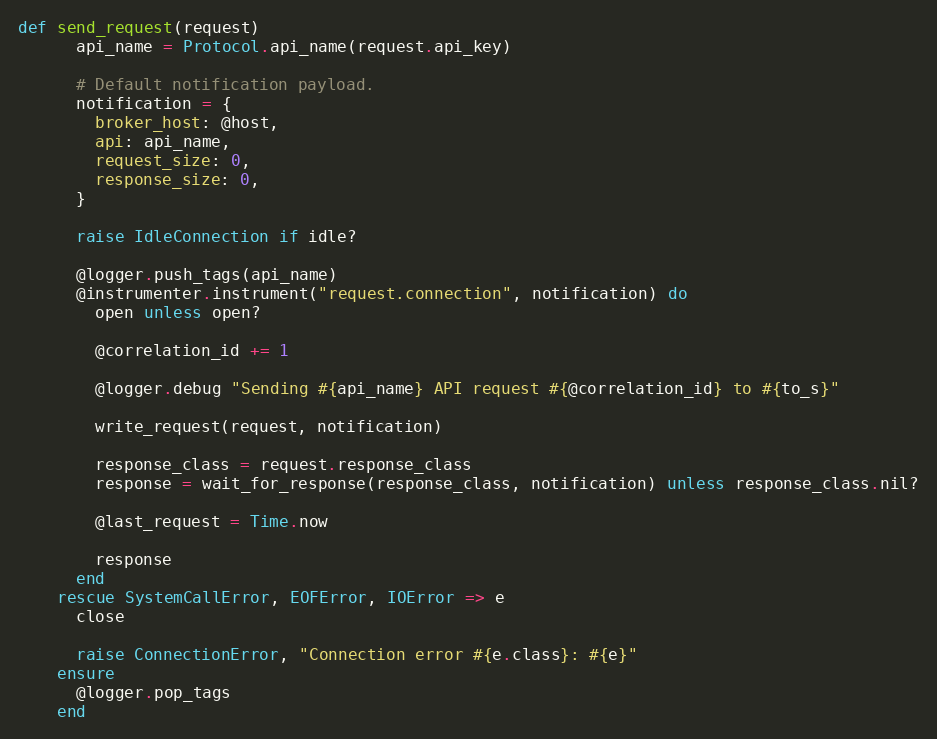
Language: Ruby
def send_request(request)
      api_name = Protocol.api_name(request.api_key)

      # Default notification payload.
      notification = {
        broker_host: @host,
        api: api_name,
        request_size: 0,
        response_size: 0,
      }

      raise IdleConnection if idle?

      @logger.push_tags(api_name)
      @instrumenter.instrument("request.connection", notification) do
        open unless open?

        @correlation_id += 1

        @logger.debug "Sending #{api_name} API request #{@correlation_id} to #{to_s}"

        write_request(request, notification)

        response_class = request.response_class
        response = wait_for_response(response_class, notification) unless response_class.nil?

        @last_request = Time.now

        response
      end
    rescue SystemCallError, EOFError, IOError => e
      close

      raise ConnectionError, "Connection error #{e.class}: #{e}"
    ensure
      @logger.pop_tags
    end